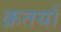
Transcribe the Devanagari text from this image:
क्रतयाँ